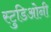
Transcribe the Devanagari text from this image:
स्टुडिओनी